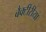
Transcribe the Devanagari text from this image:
बैक्टीरीया